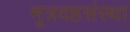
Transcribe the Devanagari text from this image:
मूत्रवहसंस्था